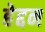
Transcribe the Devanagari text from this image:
हेद्दन